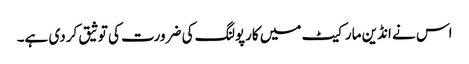
اس نے انڈین مارکیٹ میں کارپولنگ کی ضرورت کی توثیق کردی ہے۔